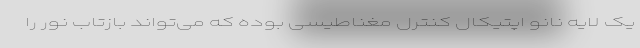
یک لایه نانو اپتیکال کنترل مغناطیسی بوده که می‌تواند بازتاب نور را